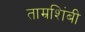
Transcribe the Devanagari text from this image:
ताम्रशिंबी